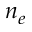
n _ { e }